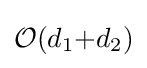
{\mathcal {O}}(d_{1}{+}d_{2})